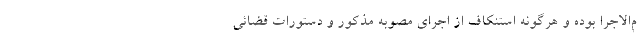
م‌الاجرا بوده و هرگونه استنکاف از اجرای مصوبه مذکور و دستورات قضائی